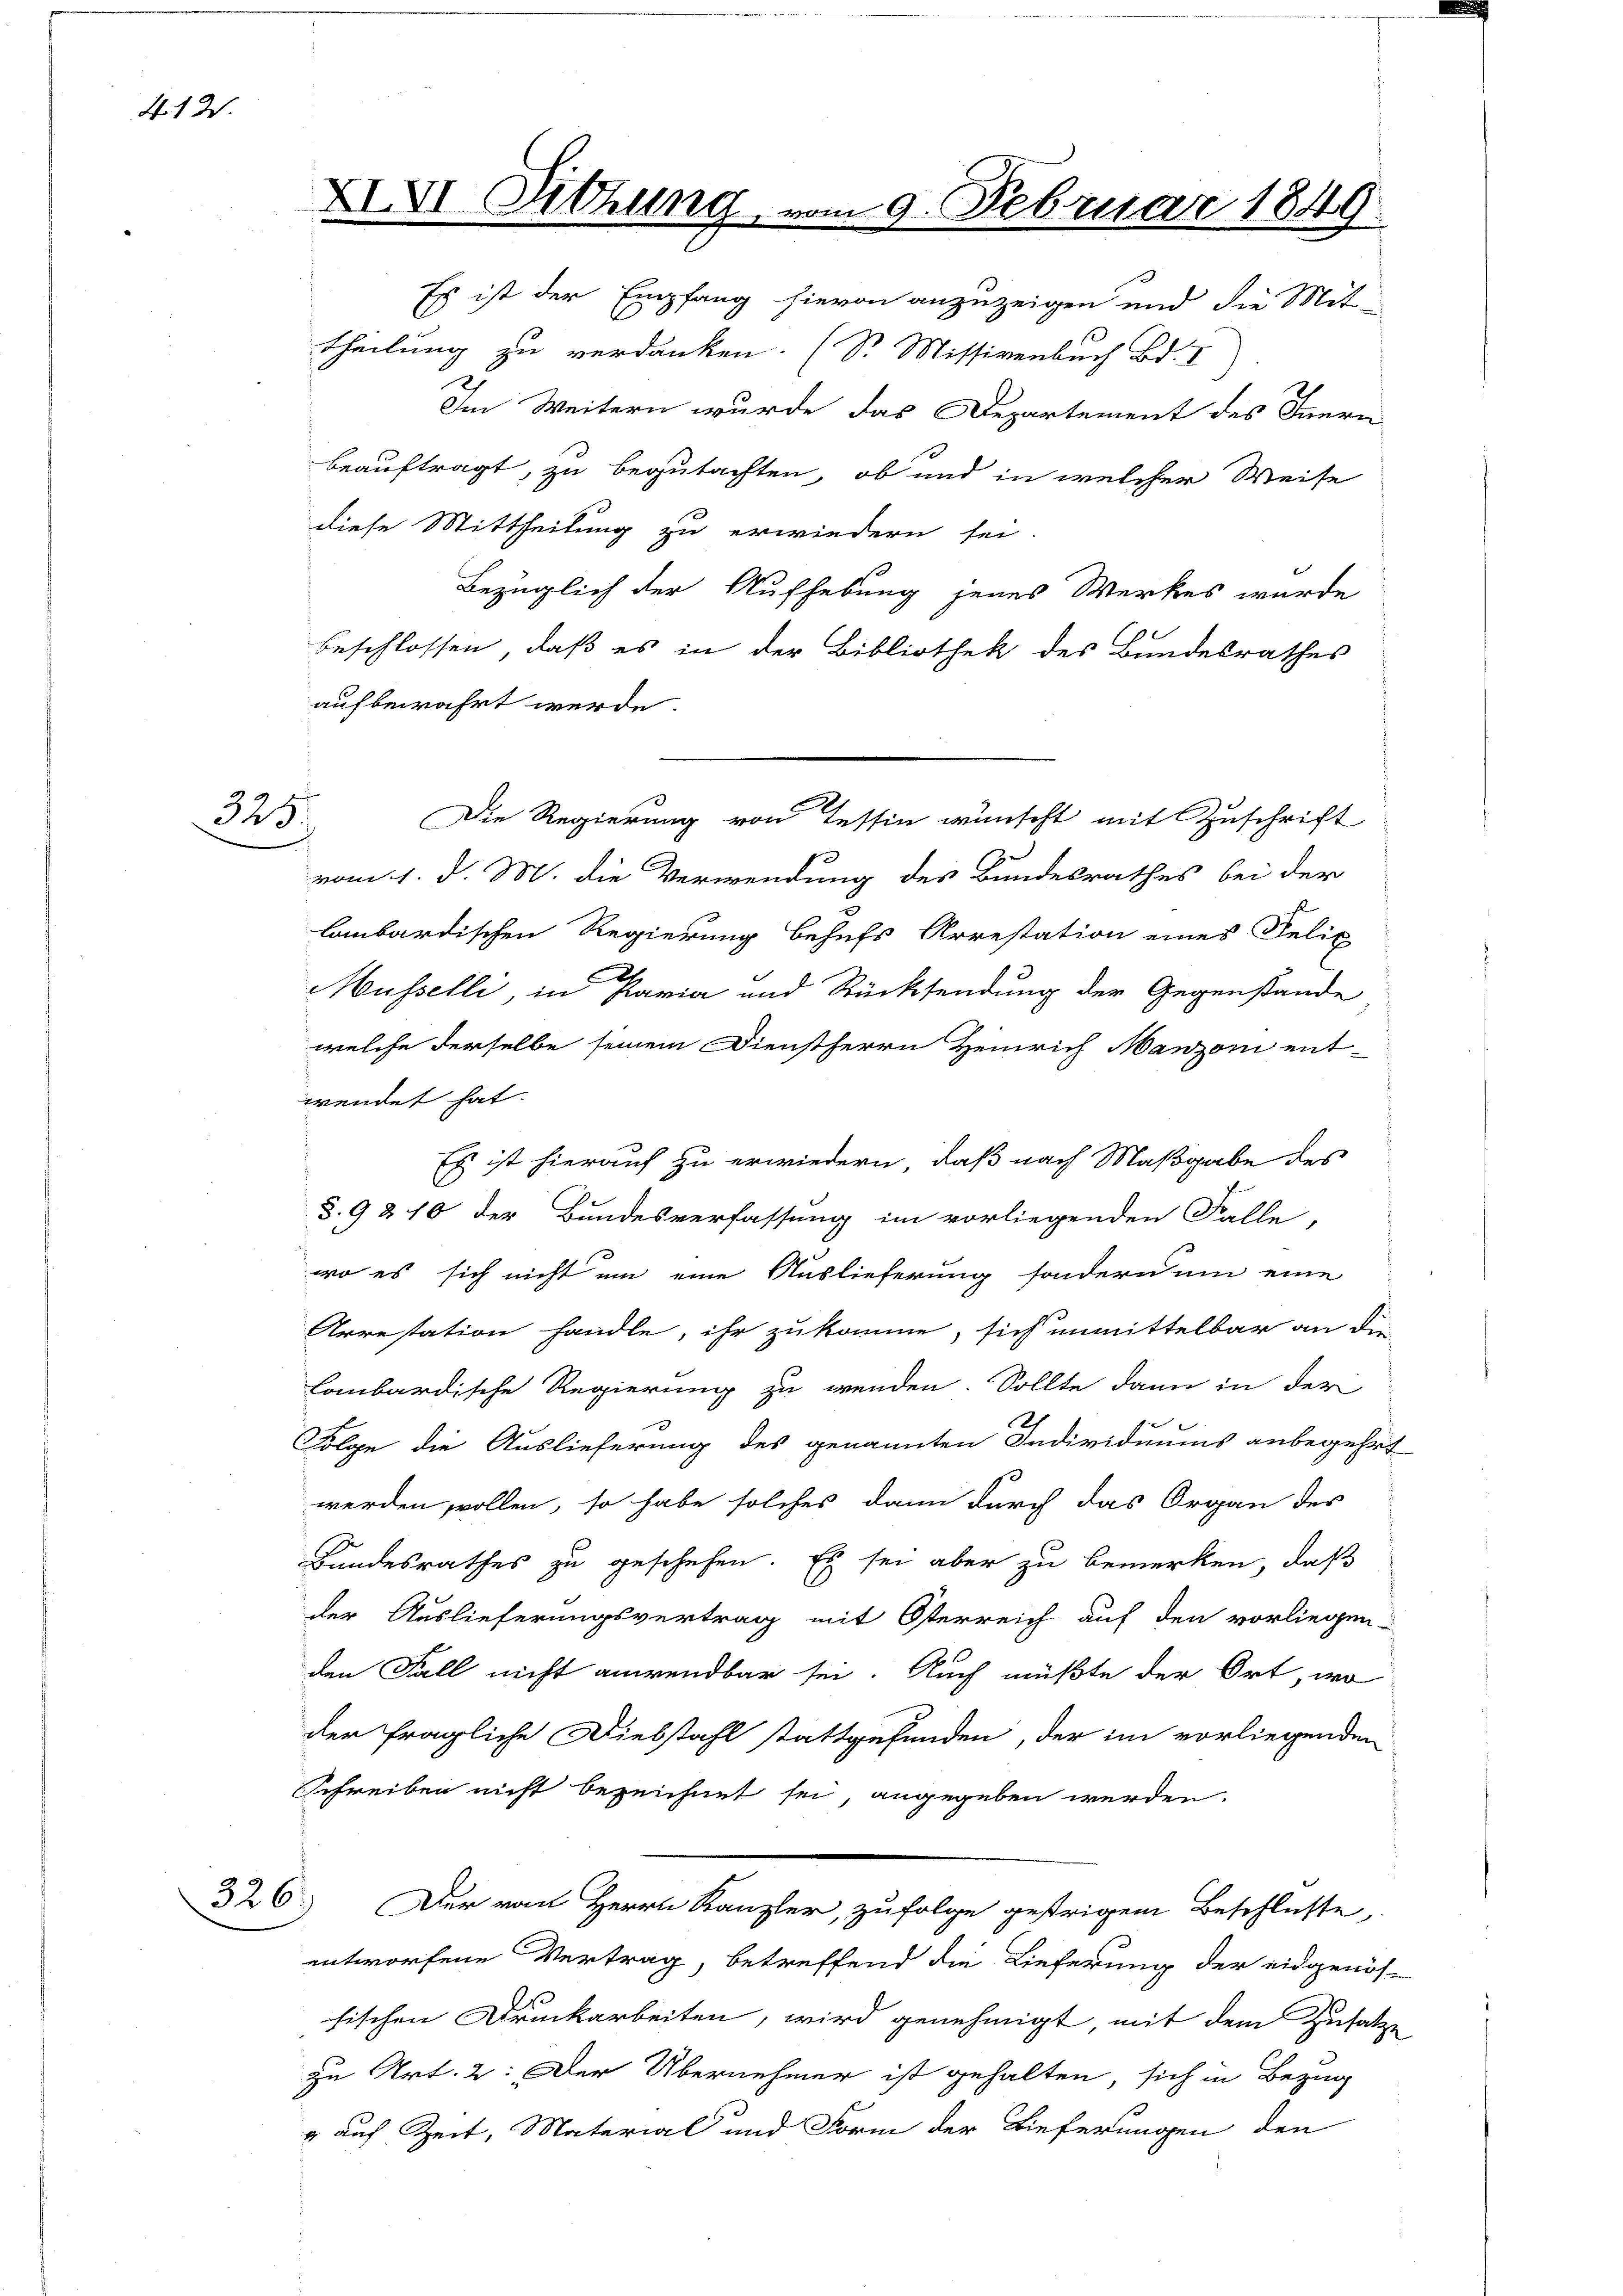
412.

325.

theilung zu verdanken. (S. Missivenbuch Bd. I
Im Weitern wurde das Departement des Innern
beauftragt, zu begutachten, ob und in welcher Weise
diese Mittheilung zu erwiedern sei.
Bezüglich der Aufhebung jenes Werkes wurde
beschlossen, daß es in der Bibliothek des Bundesrathes
aufbewahrt werde.
vom 1. d. M. die Verwendung des Bundesrathes bei der
lombardischen Regierung behufs Arrestation eines Felix
Müsselli, in Paria und Rücksendung der Gegenstande
welche derselbe seinem Dienstherrn Heinrich Manzoni ent-
wendet hat.
Es ist hierauf zu erwiedern, daß nach Maßgabe des
§. 9 & 10 der Bundesverfassung im vorliegenden Falle,
wo es sich nicht um eine Auslieferung sondern um eine
Arrestation handle, ihr zukomme, sich unmittelbar an die
Lombardische Regierung zu wenden. Sollte dann in der
2)
Folge die Auslieferung des genannten Individuums anbegehrt
werden wollen, so habe solches dann durch das Organ des
Bundesrathes zu geschehen. Es sei aber zu bemerken, daß
der Auslieferungsvertrag mit Osterreich auf den vorliegen-
den Fall nicht anwendbar sei. Auch müßte der Ort, wo
der fragliche Diebstahl stattgefunden, der im vorliegenden
Schreiben nicht bezeichnet sei, angegeben werden.
326. Der von Herrn Kanzler, zufolge gestrigen Beschlusse
entworfene Vertrag, betreffend die Lieferung der eidgenös-
fischen Druckarbeiten, wird genehmigt, mit dem Zusatze
zu Art. 2: Der Übernehmer ist gehalten, sich in Bezug
" auf Zeit, Material und Form der Lieferungen den

XIXI. Sitzung, vom 9. Februar 1849
Es ist der Empfang hievon anzuzeigen und die Mit-

Die Regierung von Tessin wünscht mit Zuschrift